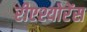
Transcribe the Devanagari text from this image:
रीएश्योरेंस